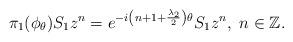
LaTeX: \begin{align*}\pi_{1}(\phi_{\theta}) S_{1}z^{n} = e^{-i\left(n+1+\frac{\lambda_{2}}{2}\right) \theta} S_{1} z^{n},\,\,n \in \mathbb{Z}.\end{align*}